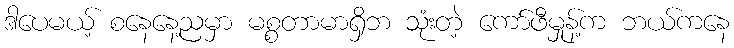
ဒါပေမယ့် စနေနေ့ညမှာ မစ္စတာမာရှိဘ သုံးတဲ့ ကော်ဖီမှုန့်က ဘယ်ကနေ